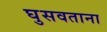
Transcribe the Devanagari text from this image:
घुसवताना